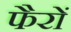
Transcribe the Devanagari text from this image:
फैरों